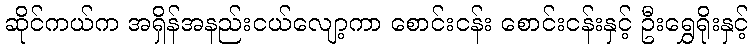
ဆိုင်ကယ်က အရှိန်အနည်းငယ်လျော့ကာ စောင်းငန်း စောင်းငန်းနှင့် ဦးရွှေရိုးနှင့်